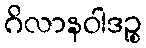
ဂိလာနဝါဒဉ္စ